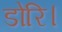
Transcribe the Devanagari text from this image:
डोरि।